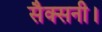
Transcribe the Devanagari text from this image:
सैक्सनी।